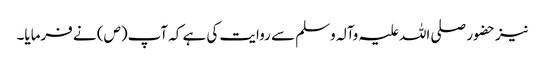
نیز حضور صلی اللہ علیہ وآلہ وسلم سے روایت کی ہے کہ آپ(ص) نے فرمایا۔